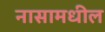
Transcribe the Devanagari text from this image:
नासामधील